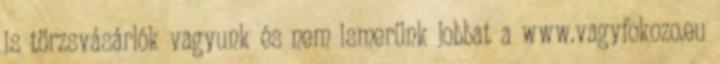
is törzsvásárlók vagyunk és nem ismerünk jobbat a www.vagyfokozo.eu